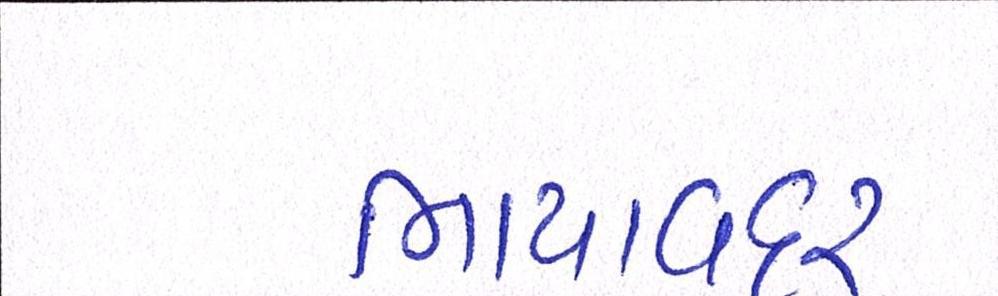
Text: ભાયાવદર